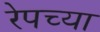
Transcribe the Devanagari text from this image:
रेपच्या